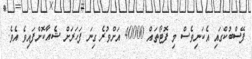
ފޭސްބުކްގައި އެކަނިވެސް މި ފޮޓޯތައް 40000 އަށްވުރެ ގިނަ ފަހަރަށް ޝެއާކޮށްފައިވެ އެވެ.